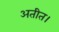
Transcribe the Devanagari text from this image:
अतीत।